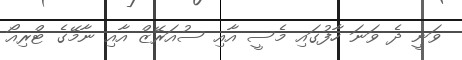
ވަނީ ދެ ވަނަ ހާފުގައި މެސީ އާއި ސުއަރޭޒް އާއި ނާމޭގެ ޓްރިއޯ